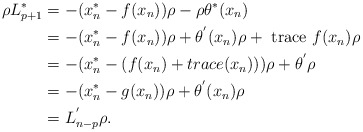
\begin{align*} \rho L^*_{p+1} &= -(x^*_n-f(x_n))\rho - \rho\theta^*(x_n)\\&= -(x^*_n - f(x_n))\rho + \theta^{'}(x_n)\rho + \hbox{ \rm trace }f(x_n)\rho\\&= -(x^*_n -(f(x_n) + trace(x_n)))\rho + \theta^{'}\rho\\&= -(x^*_n - g(x_n))\rho + \theta^{'}(x_n)\rho\\&= L^{'}_{n-p}\rho.\\ \end{align*}